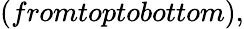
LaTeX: (fromtoptobottom),